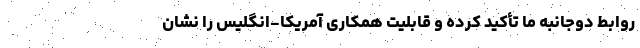
روابط دوجانبه ما تأکید کرده و قابلیت همکاری آمریکا-انگلیس را نشان